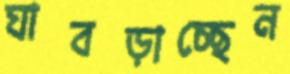
ঘাবড়াচ্ছেন